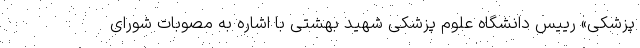
پزشکی» رییس دانشگاه علوم پزشکی شهید بهشتی با اشاره به مصوبات شورای